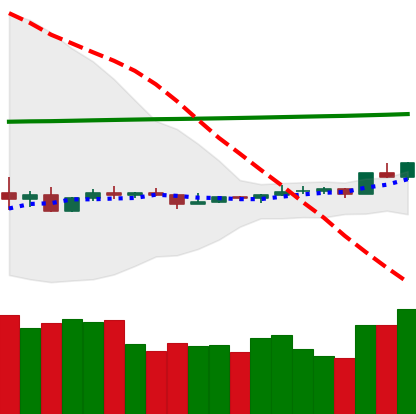
Ticker: ETC-USD
Chart end date: 2020-04-08
Forward return: -10.805%
Label: down_7plus